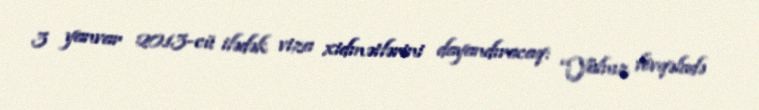
3 yanvar 2013-cü ilədək viza xidmətlərini dayandıracaq: “Yalnız fövqəladə